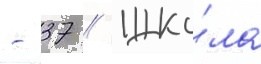
- 37 // Шко́ла